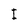
Character: I